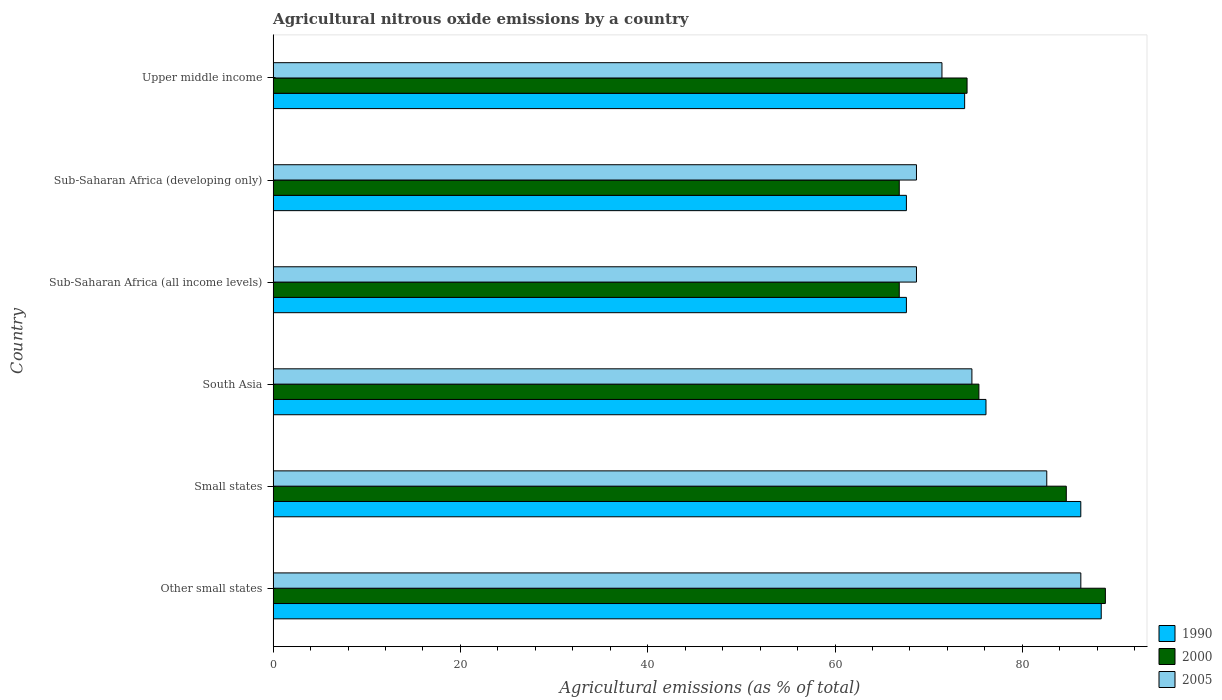
| Country | 1990 | 2000 | 2005 |
 | --- | --- | --- | --- |
 | Other small states | 88.4 | 88.9 | 86.2 |
 | Small states | 86.2 | 84.7 | 82.6 |
 | South Asia | 76.1 | 75.4 | 74.6 |
 | Sub-Saharan Africa (all income levels) | 67.6 | 66.9 | 68.7 |
 | Sub-Saharan Africa (developing only) | 67.6 | 66.9 | 68.7 |
 | Upper middle income | 73.8 | 74.1 | 71.4 |